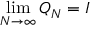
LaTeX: \operatorname* { l i m } _ { N \to \infty } Q _ { N } = I